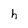
Character: h